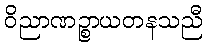
ဝိညာဏဉ္စာယတနသညီ